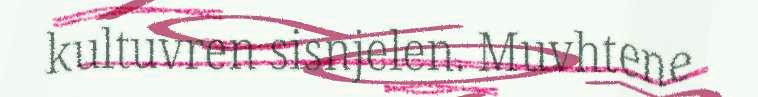
kultuvren sisnjelen. Muvhtene